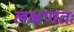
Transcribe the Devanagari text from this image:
लक्षणतः